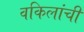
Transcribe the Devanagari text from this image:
वकिलांची